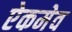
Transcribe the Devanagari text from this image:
ऐकमेव